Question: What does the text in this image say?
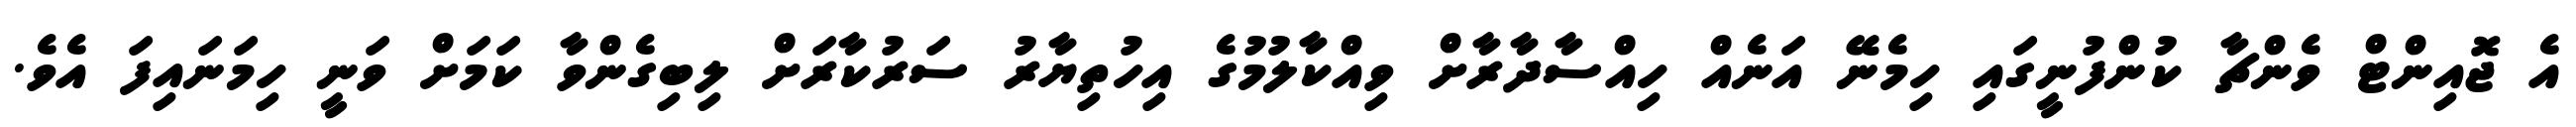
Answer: އެ ޖޮއިންޓް ވެންޗާ ކުންފުނީގައި ހިމެނޭ އަނެއް ހިއްސާދާރާށް ވިއްކާލުމުގެ އިހުތިޔާރު ސަރުކާރަށް ލިބިގެންވާ ކަމަށް ވަނީ ހިމަނައިފަ އެވެ.